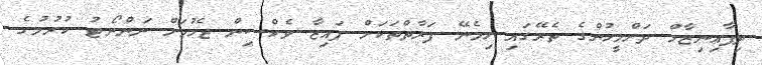
ދިފާޢިނިޒާމް ދަށްމީހުންގެ ތެރޭގައި ހިމެނޭ ފަރާތްތަކަށް ފައިޒާ ވެކްސިން ޖެހުމަށް ނަންނޯޓު ކުރުމުގެ